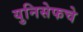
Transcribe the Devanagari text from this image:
युनिसेफचे